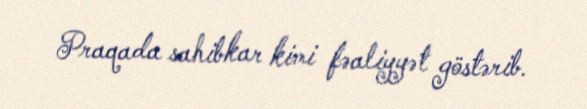
Praqada sahibkar kimi fəaliyyət göstərib.